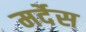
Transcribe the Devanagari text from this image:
मर्देस